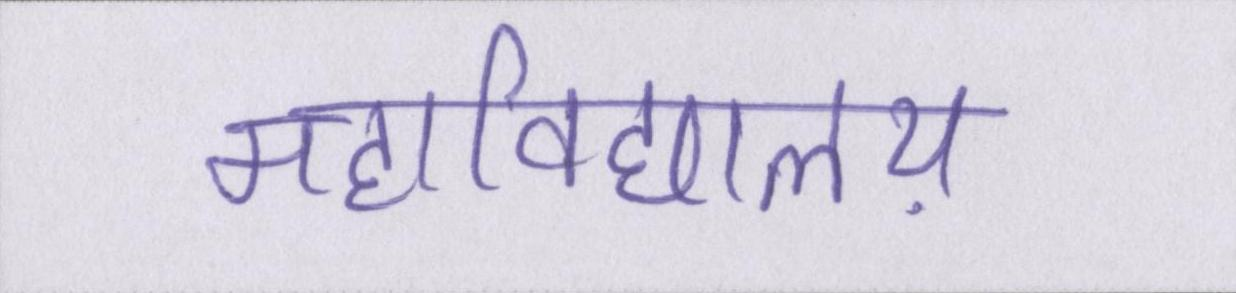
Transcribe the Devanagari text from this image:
महाविद्यालय़